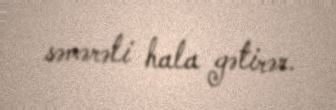
səmərəli hala gətirər.